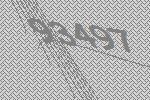
93497